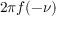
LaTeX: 2 \pi f ( - \nu )